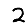
Digit: 2